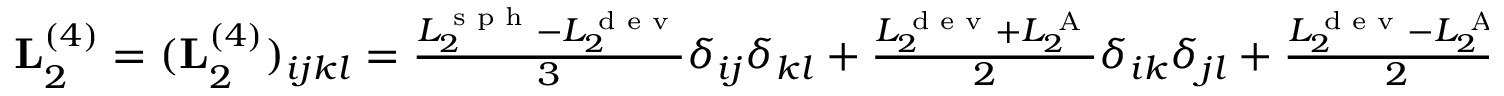
\begin{array} { r } { \mathbf L _ { 2 } ^ { ( 4 ) } = ( \mathbf L _ { 2 } ^ { ( 4 ) } ) _ { i j k l } = \frac { L _ { 2 } ^ { \textrm { s p h } } - L _ { 2 } ^ { \textrm { d e v } } } { 3 } \delta _ { i j } \delta _ { k l } + \frac { L _ { 2 } ^ { \textrm { d e v } } + L _ { 2 } ^ { \textrm { A } } } { 2 } \delta _ { i k } \delta _ { j l } + \frac { L _ { 2 } ^ { \textrm { d e v } } - L _ { 2 } ^ { \textrm { A } } } { 2 } \delta _ { i l } \delta _ { j k } } \end{array}